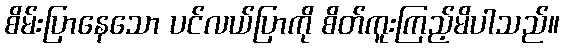
စိမ်းပြာနေသော ပင်လယ်ပြာကို စိတ်ကူးကြည့်မိပါသည်။